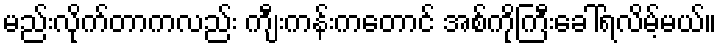
မည်းလိုက်တာကလည်း ကျီးကန်းကတောင် အစ်ကိုကြီးခေါ်ရလိမ့်မယ်။